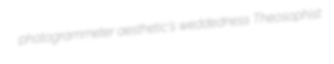
photogrammeter aesthetic's weddedness Theosophist